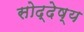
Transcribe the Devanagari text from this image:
सोद्देष्य